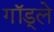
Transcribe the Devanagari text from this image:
गॉड्ले